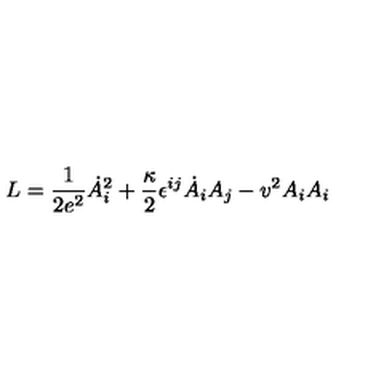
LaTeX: L = { \frac { 1 } { 2 e ^ { 2 } } } \dot { A } _ { i } ^ { 2 } + { \frac { \kappa } { 2 } } \epsilon ^ { i j } \dot { A } _ { i } A _ { j } - v ^ { 2 } A _ { i } A _ { i }